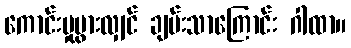
ကောင်းမှုပွားလျှင် ချမ်းသာကြောင်း ဂါထာ။